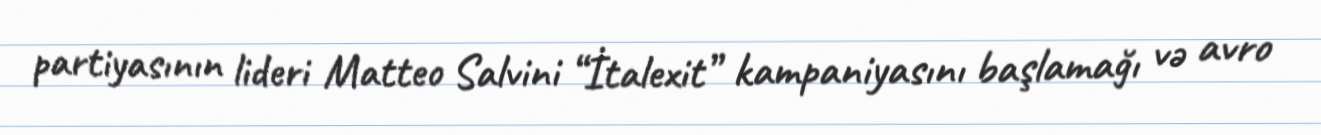
partiyasının lideri Matteo Salvini “İtalexit” kampaniyasını başlamağı və avro